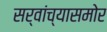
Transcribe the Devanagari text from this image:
सर्वांच्यासमोर